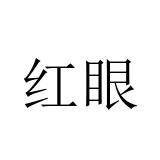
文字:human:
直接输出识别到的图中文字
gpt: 红眼